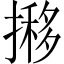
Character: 𢴐